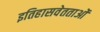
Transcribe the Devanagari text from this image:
इतिहासवेतताओं